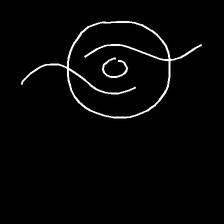
Glyph: repetition